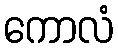
ကောလံ